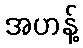
အဟန့်